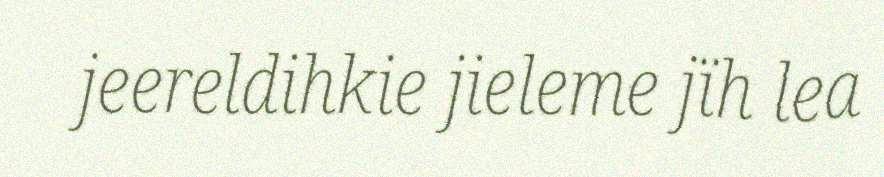
jeereldihkie jieleme jïh lea